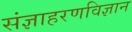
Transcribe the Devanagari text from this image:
संज्ञाहरणविज्ञान